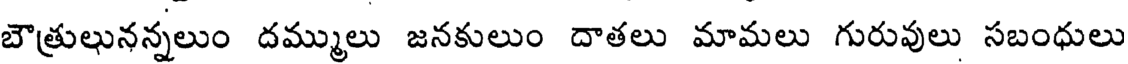
బౌత్రులునన్నలుం దమ్ములు జనకులుం దాతలు మామలు గురువులు సబంధులు